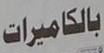
بالكاميرات